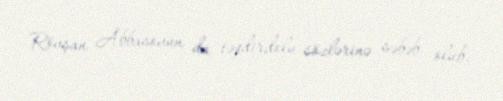
Rövşan Abbasovun da təqdirdolu sözlərinə səbəb olub.